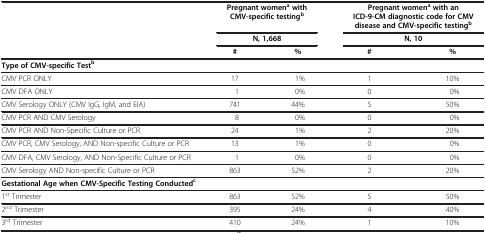
<table><thead><tr><td><b> </b></td><td colspan="2"><b>Pregnant women<sup>a </sup>with CMV-specific testing<sup>b</sup></b></td><td colspan="2"><b>Pregnant women<sup>a </sup>with an ICD-9-CM diagnostic code for CMV disease and CMV-specific testing<sup>b</sup></b></td></tr><tr><td><b> </b></td><td colspan="2"><b>N, 1,668</b></td><td colspan="2"><b>N, 10</b></td></tr><tr><td><b> </b></td><td><b>#</b></td><td><b>%</b></td><td><b>#</b></td><td><b>%</b></td></tr></thead><tbody><tr><td colspan="5"><b>Type of CMV-specific Test</b><sup><b>b</b></sup></td></tr><tr><td>CMV PCR ONLY</td><td>17</td><td>1%</td><td>1</td><td>10%</td></tr><tr><td>CMV DFA ONLY</td><td>1</td><td>0%</td><td>0</td><td>0%</td></tr><tr><td>CMV Serology ONLY (CMV IgG, IgM, and EIA)</td><td>741</td><td>44%</td><td>5</td><td>50%</td></tr><tr><td>CMV PCR AND CMV Serology</td><td>8</td><td>0%</td><td>0</td><td>0%</td></tr><tr><td>CMV PCR AND Non-Specific Culture or PCR</td><td>24</td><td>1%</td><td>2</td><td>20%</td></tr><tr><td>CMV PCR, CMV Serology, AND Non-specific Culture or PCR</td><td>13</td><td>1%</td><td>0</td><td>0%</td></tr><tr><td>CMV DFA, CMV Serology, AND Non-Specific Culture or PCR</td><td>1</td><td>0%</td><td>0</td><td>0%</td></tr><tr><td>CMV Serology AND Non-specific Culture or PCR</td><td>863</td><td>52%</td><td>2</td><td>20%</td></tr><tr><td colspan="5"><b>Gestational Age when CMV-Specific Testing Conducted</b><sup><b>c</b></sup></td></tr><tr><td>1<sup>st</sup> Trimester</td><td>863</td><td>52%</td><td>5</td><td>50%</td></tr><tr><td>2<sup>nd</sup> Trimester</td><td>395</td><td>24%</td><td>4</td><td>40%</td></tr><tr><td>3<sup>rd</sup> Trimester</td><td>410</td><td>24%</td><td>1</td><td>10%</td></tr></tbody></table>